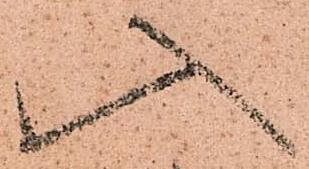
入